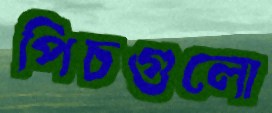
পিচগুলো